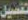
تفصيل